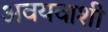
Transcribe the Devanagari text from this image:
अवयवाशी